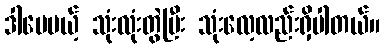
ဒါပေမယ့် သုံးလုံးတွဲပြီး သုံးလေ့လည်းရှိပါတယ်။